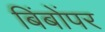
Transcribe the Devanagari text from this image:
बिंबोंपर